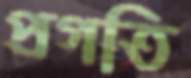
প্রগতি